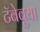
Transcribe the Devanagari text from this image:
टॅबेबुया